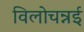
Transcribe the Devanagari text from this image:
विलोचन्नई